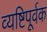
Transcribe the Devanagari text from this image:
व्यष्टिपूर्वक